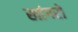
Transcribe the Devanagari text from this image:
खांगरों